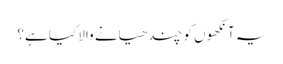
یہ آنکھوں کو چندھیانے والا کیا ہے؟